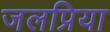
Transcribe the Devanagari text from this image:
जलप्रिया